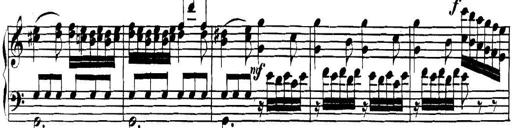
Title: Collected Piano Sonatas
Composer: Muzio Clementi